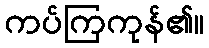
ကပ်ကြကုန်၏။